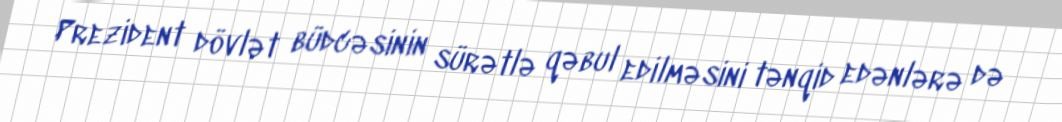
Prezident dövlət büdcəsinin sürətlə qəbul edilməsini tənqid edənlərə də